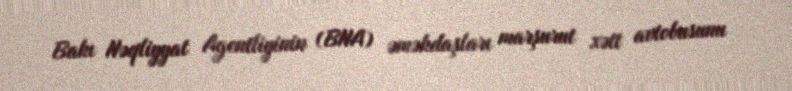
Bakı Nəqliyyat Agentliyinin (BNA) əməkdaşları marşurut xətt avtobusunu